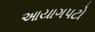
આયાગપટો